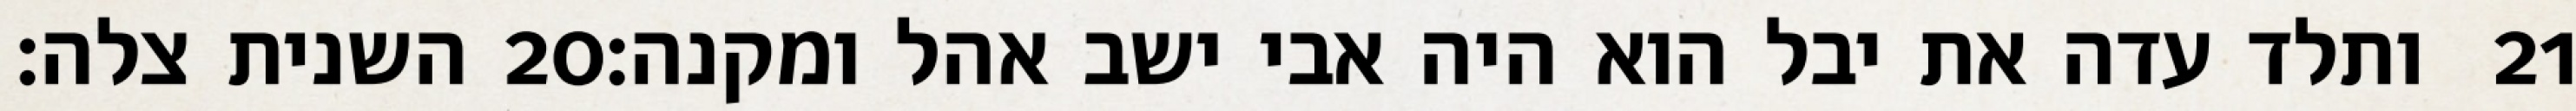
השנית צלה׃ ‎20‏ ותלד עדה את יבל הוא היה אבי ישב אהל ומקנה׃ ‎21‏